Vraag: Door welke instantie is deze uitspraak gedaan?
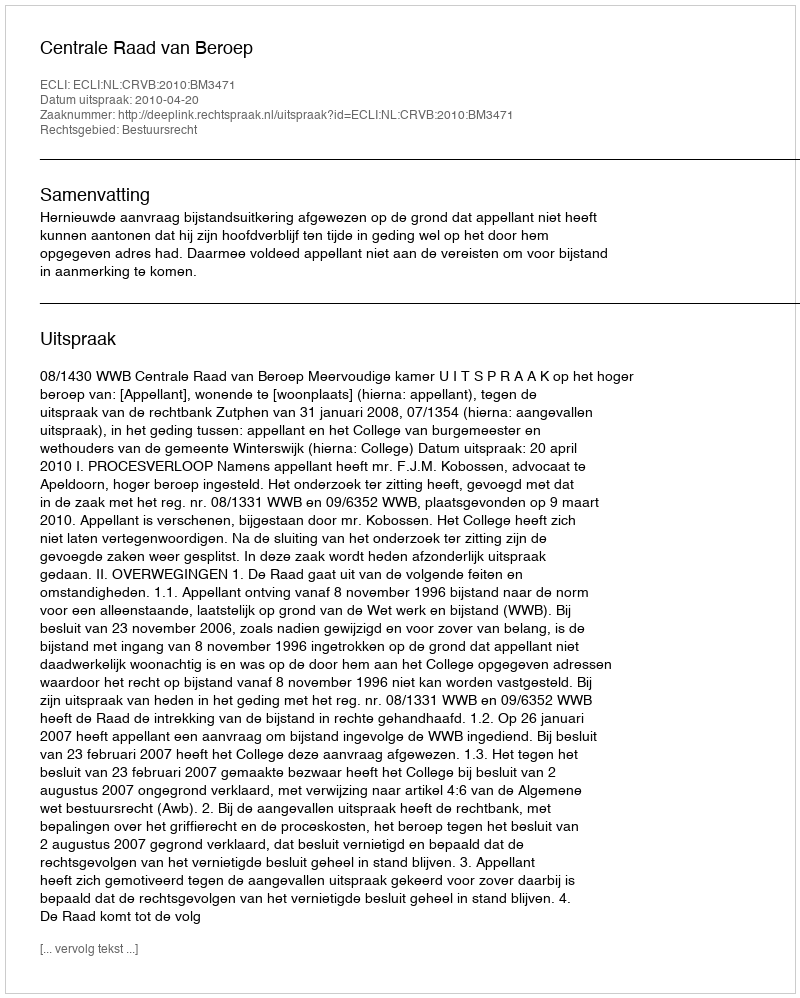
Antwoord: Centrale Raad van Beroep